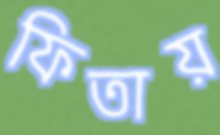
ফিতায়